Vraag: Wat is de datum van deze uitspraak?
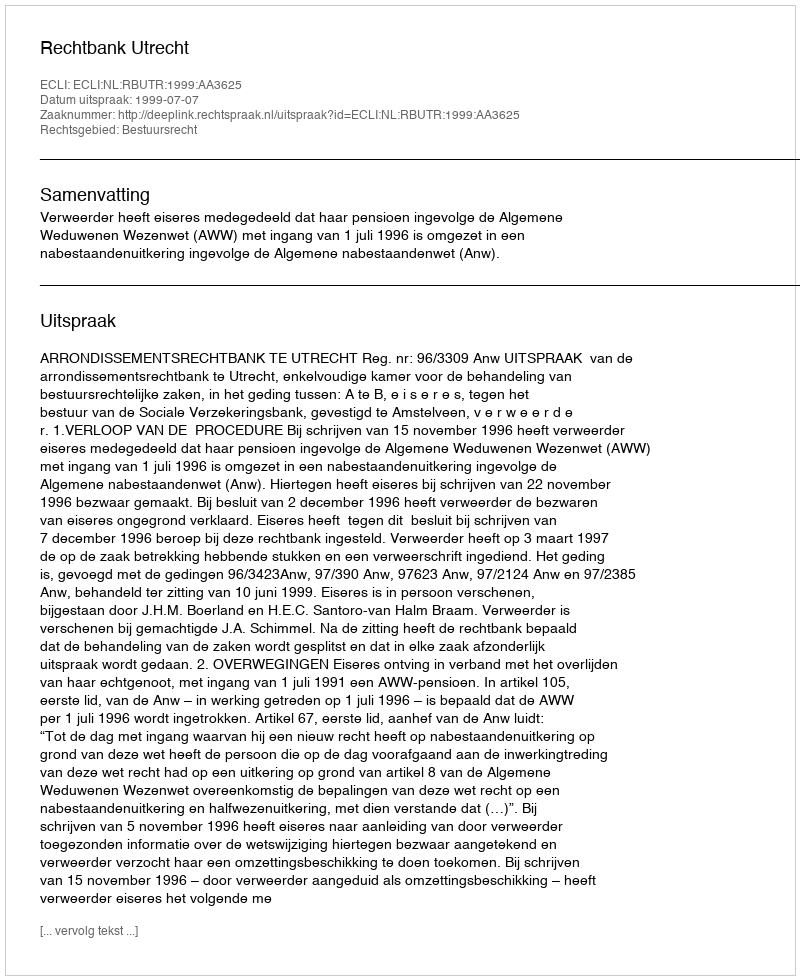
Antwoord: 1999-07-07